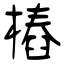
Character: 樁